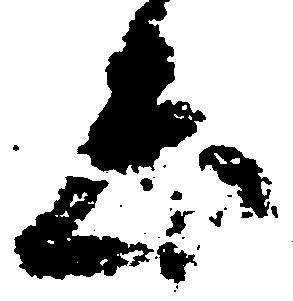
志